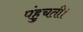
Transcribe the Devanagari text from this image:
पंहुचती।